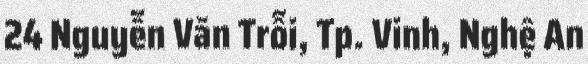
24 Nguyễn Văn Trỗi, Tp. Vinh, Nghệ An